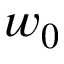
w _ { 0 }